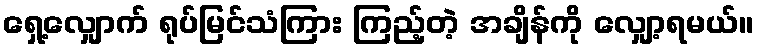
ရှေ့လျှောက် ရုပ်မြင်သံကြား ကြည့်တဲ့ အချိန်ကို လျှော့ရမယ်။